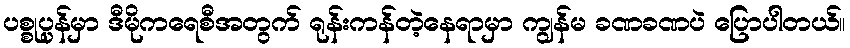
ပစ္စုပ္ပန်မှာ ဒီမိုကရေစီအတွက် ရုန်းကန်တဲ့နေရာမှာ ကျွန်မ ခဏခဏပဲ ပြောပါတယ်။